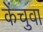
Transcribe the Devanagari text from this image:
केंचुवा